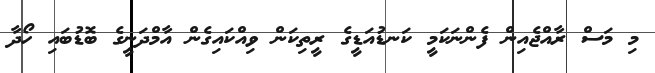
މި މަސް ރާއްޖެއިން ފެންނަކަމީ ކަނޑުއަޑީގެ ރީތިކަން ވިއްކައިގެން އާމްދަނީގެ ބޮޑުބައި ހޯދާ